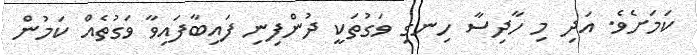
ކަމަށެވެ. އަދި މި ހާދިސާ ހިނގި ވަގުތަކީ ދުންފިނި ފައިބާފައިވާ ވަގުތެއް ކަމުން